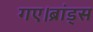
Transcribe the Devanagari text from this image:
गए।ब्रांड्स